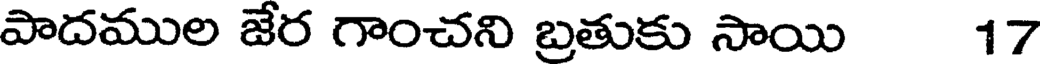
పాదముల జేర గాంచని బ్రతుకు సాయి 17